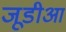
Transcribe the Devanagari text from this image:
जूडीआ